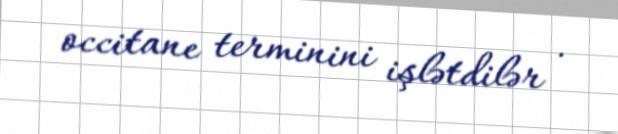
occitane terminini işlətdilər .